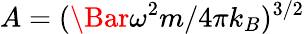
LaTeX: A=(\Bar{\omega}^{2}m/4\pi k_{B})^{3/2}